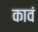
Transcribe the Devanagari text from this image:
कावं